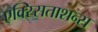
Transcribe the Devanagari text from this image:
एक्स्सिताशन्स